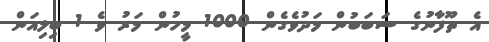
އެ ތޫފާނުގެ ސަބަބުން މަދުވެގެން 1000 މީހުން މަރު ވެ 1 ބިލިއަން